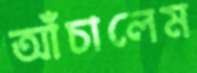
আঁচালেম